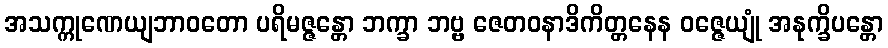
အသက္ကုဏေယျဘာဝတော ပရိမဇ္ဇန္တော ဘက္ခာ ဘဗ္ဗ ဇေတဝနာဒိကိတ္တနေန ဝဇ္ဇေယျုံ အနုက္ခိပန္တော